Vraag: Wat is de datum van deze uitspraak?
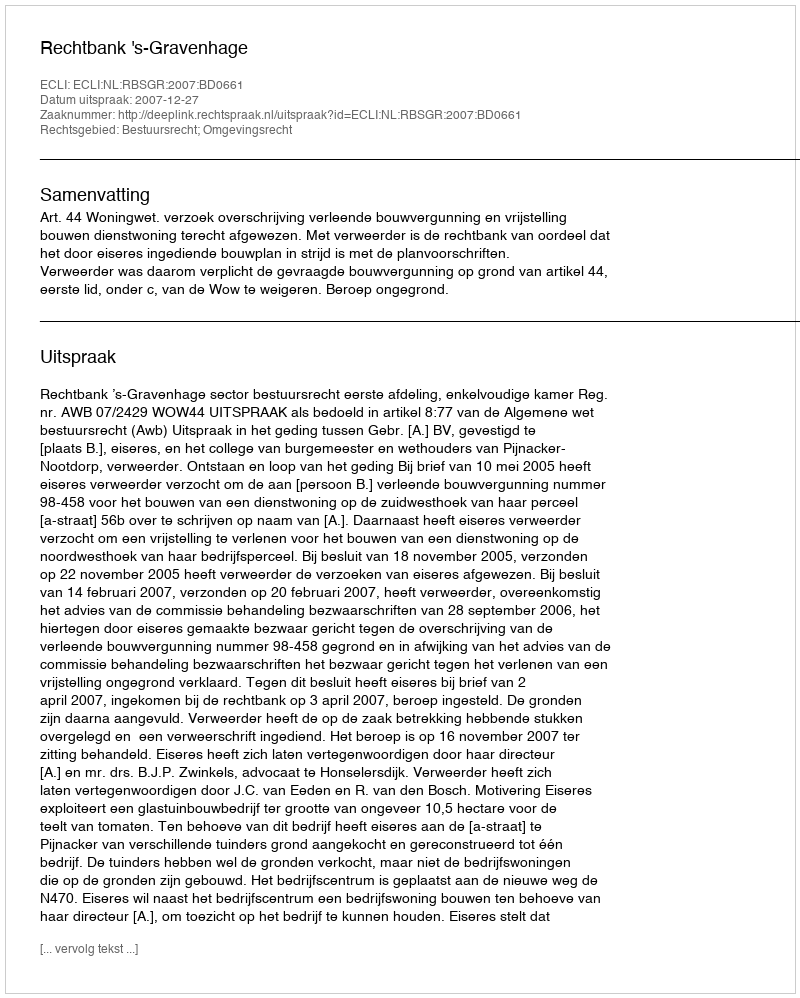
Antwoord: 2007-12-27